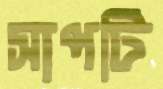
সাপটি